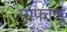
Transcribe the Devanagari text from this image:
माफान्नू